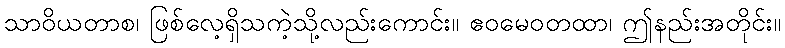
သာဝိယတာစ၊ ဖြစ်လေ့ရှိသကဲ့သို့လည်းကောင်း။ ဧဝမေဝတထာ၊ ဤနည်းအတိုင်း။